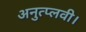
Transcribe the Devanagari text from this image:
अनुत्प्लवी।